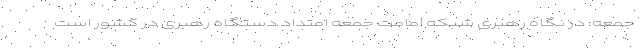
جمعه: در نگاه رهبری شبکه امامت جمعه امتداد دستگاه رهبری در کشور است